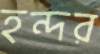
হন্দর